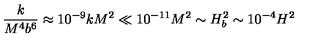
\frac { k } { M ^ { 4 } b ^ { 6 } } \approx 1 0 ^ { - 9 } k M ^ { 2 } \ll 1 0 ^ { - 1 1 } M ^ { 2 } \sim H _ { b } ^ { 2 } \sim 1 0 ^ { - 4 } H ^ { 2 }